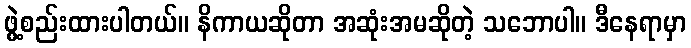
ဖွဲ့စည်းထားပါတယ်။ နိကာယဆိုတာ အဆုံးအမဆိုတဲ့ သဘောပါ။ ဒီနေရာမှာ